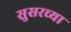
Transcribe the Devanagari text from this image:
सुसरच्या